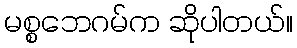
မစ္စဘေဂမ်က ဆိုပါတယ်။